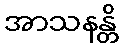
အာသနန္တိ